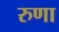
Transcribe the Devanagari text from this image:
रुणा